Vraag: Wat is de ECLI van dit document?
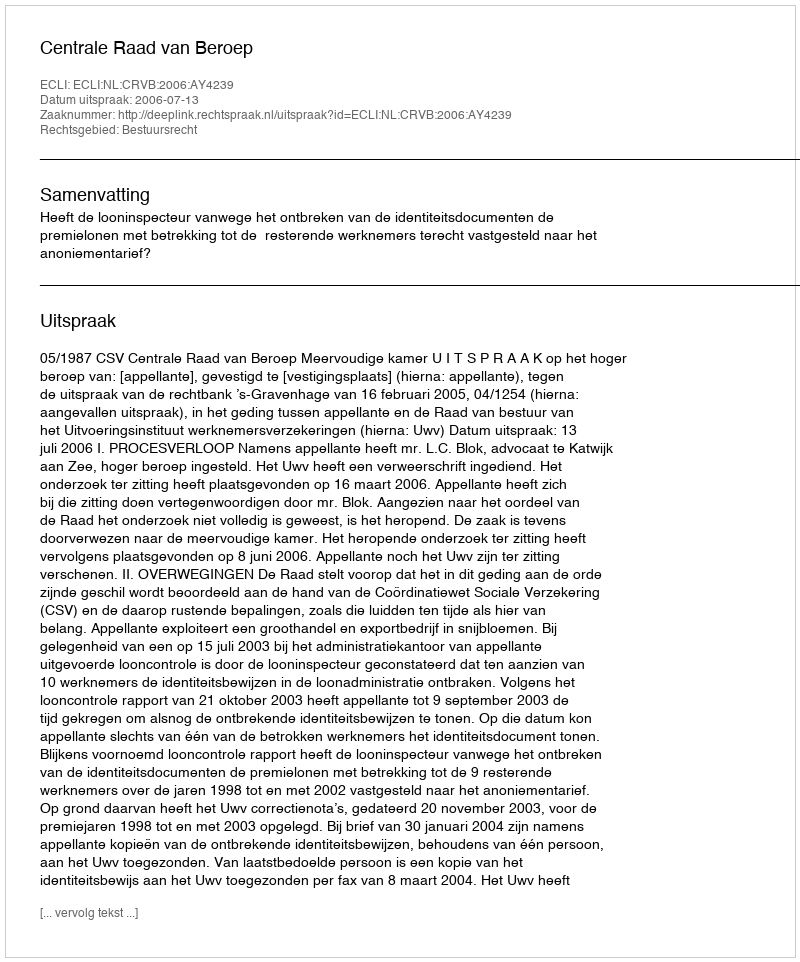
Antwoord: ECLI:NL:CRVB:2006:AY4239